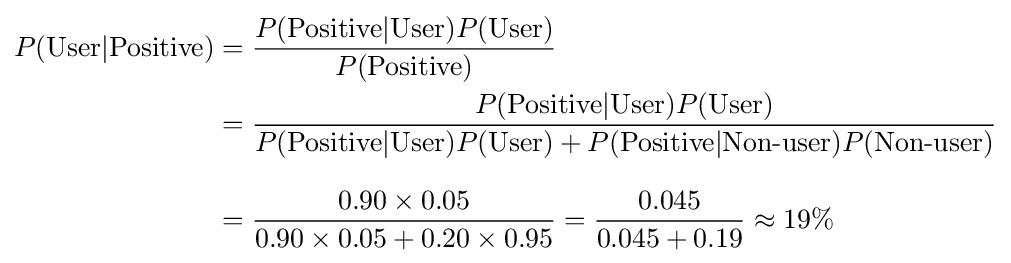
{\begin{aligned}P({\text{User}}\vert {\text{Positive}})&={\frac {P({\text{Positive}}\vert {\text{User}})P({\text{User}})}{P({\text{Positive}})}}\\&={\frac {P({\text{Positive}}\vert {\text{User}})P({\text{User}})}{P({\text{Positive}}\vert {\text{User}})P({\text{User}})+P({\text{Positive}}\vert {\text{Non-user}})P({\text{Non-user}})}}\\[8pt]&={\frac {0.90\times 0.05}{0.90\times 0.05+0.20\times 0.95}}={\frac {0.045}{0.045+0.19}}\approx 19\%\end{aligned}}